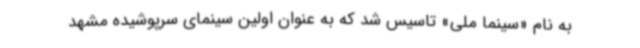
به نام «سینما ملی» تاسیس شد که به عنوان اولین سینمای سرپوشیده مشهد